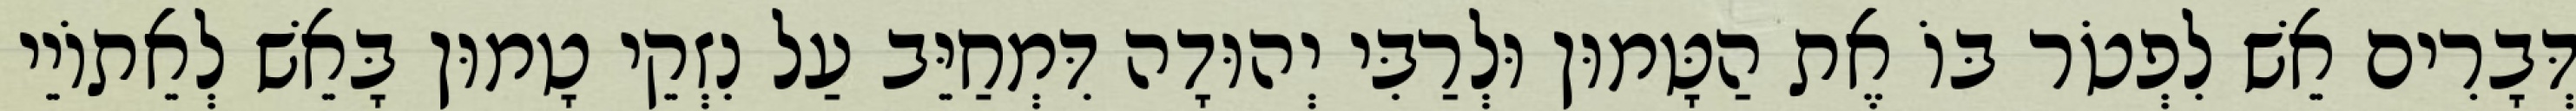
דְּבָרִים אֵשׁ לִפְטֹר בּוֹ אֶת הַטָּמוּן וּלְרַבִּי יְהוּדָה דִּמְחַיֵּב עַל נִזְקֵי טָמוּן בָּאֵשׁ לְאֵתוֹיֵי